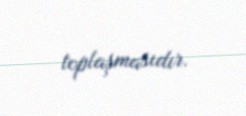
toplaşmasıdır.